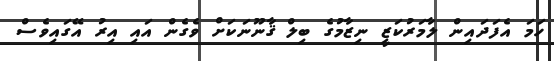
ހަމަ އެފަދައިން ލާމަރުކަޒީ ނިޒާމުގެ ބިލް ޤާނޫނަކަށް ވެގެން އައި އިރު އޭގައިވެސް